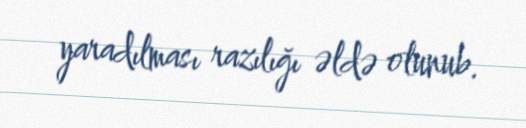
yaradılması razılığı əldə olunub.